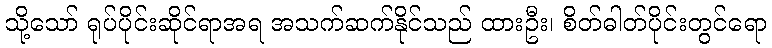
သို့သော် ရုပ်ပိုင်းဆိုင်ရာအရ အသက်ဆက်နိုင်သည် ထားဦး၊ စိတ်ဓါတ်ပိုင်းတွင်ရော